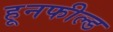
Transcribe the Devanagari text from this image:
हूनफील्ड